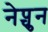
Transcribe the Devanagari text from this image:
नेप्चुन